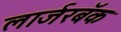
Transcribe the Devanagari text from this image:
लार्जरबॅक